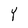
Character: Y